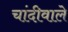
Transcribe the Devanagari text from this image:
चांदीवाले